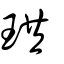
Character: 珙